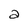
Character: a